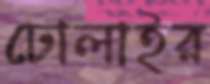
ঢোলাইর